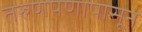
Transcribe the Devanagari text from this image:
तरुणपणापासून